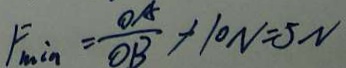
F _ { \min } = \frac { O A } { O B } + 1 0 N = 5 N